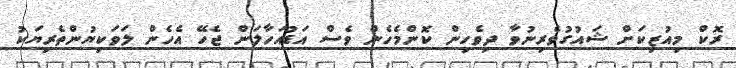
ރޮކް މިއުޒިކަށް ޝައުގުވެރިނުވާ ދިވެހިން ކޮންމެހެން ވެސް އަޑުއަހާލަން ޖެހޭ އެހެން ލަވަކިޔުންތެރިޔަކު